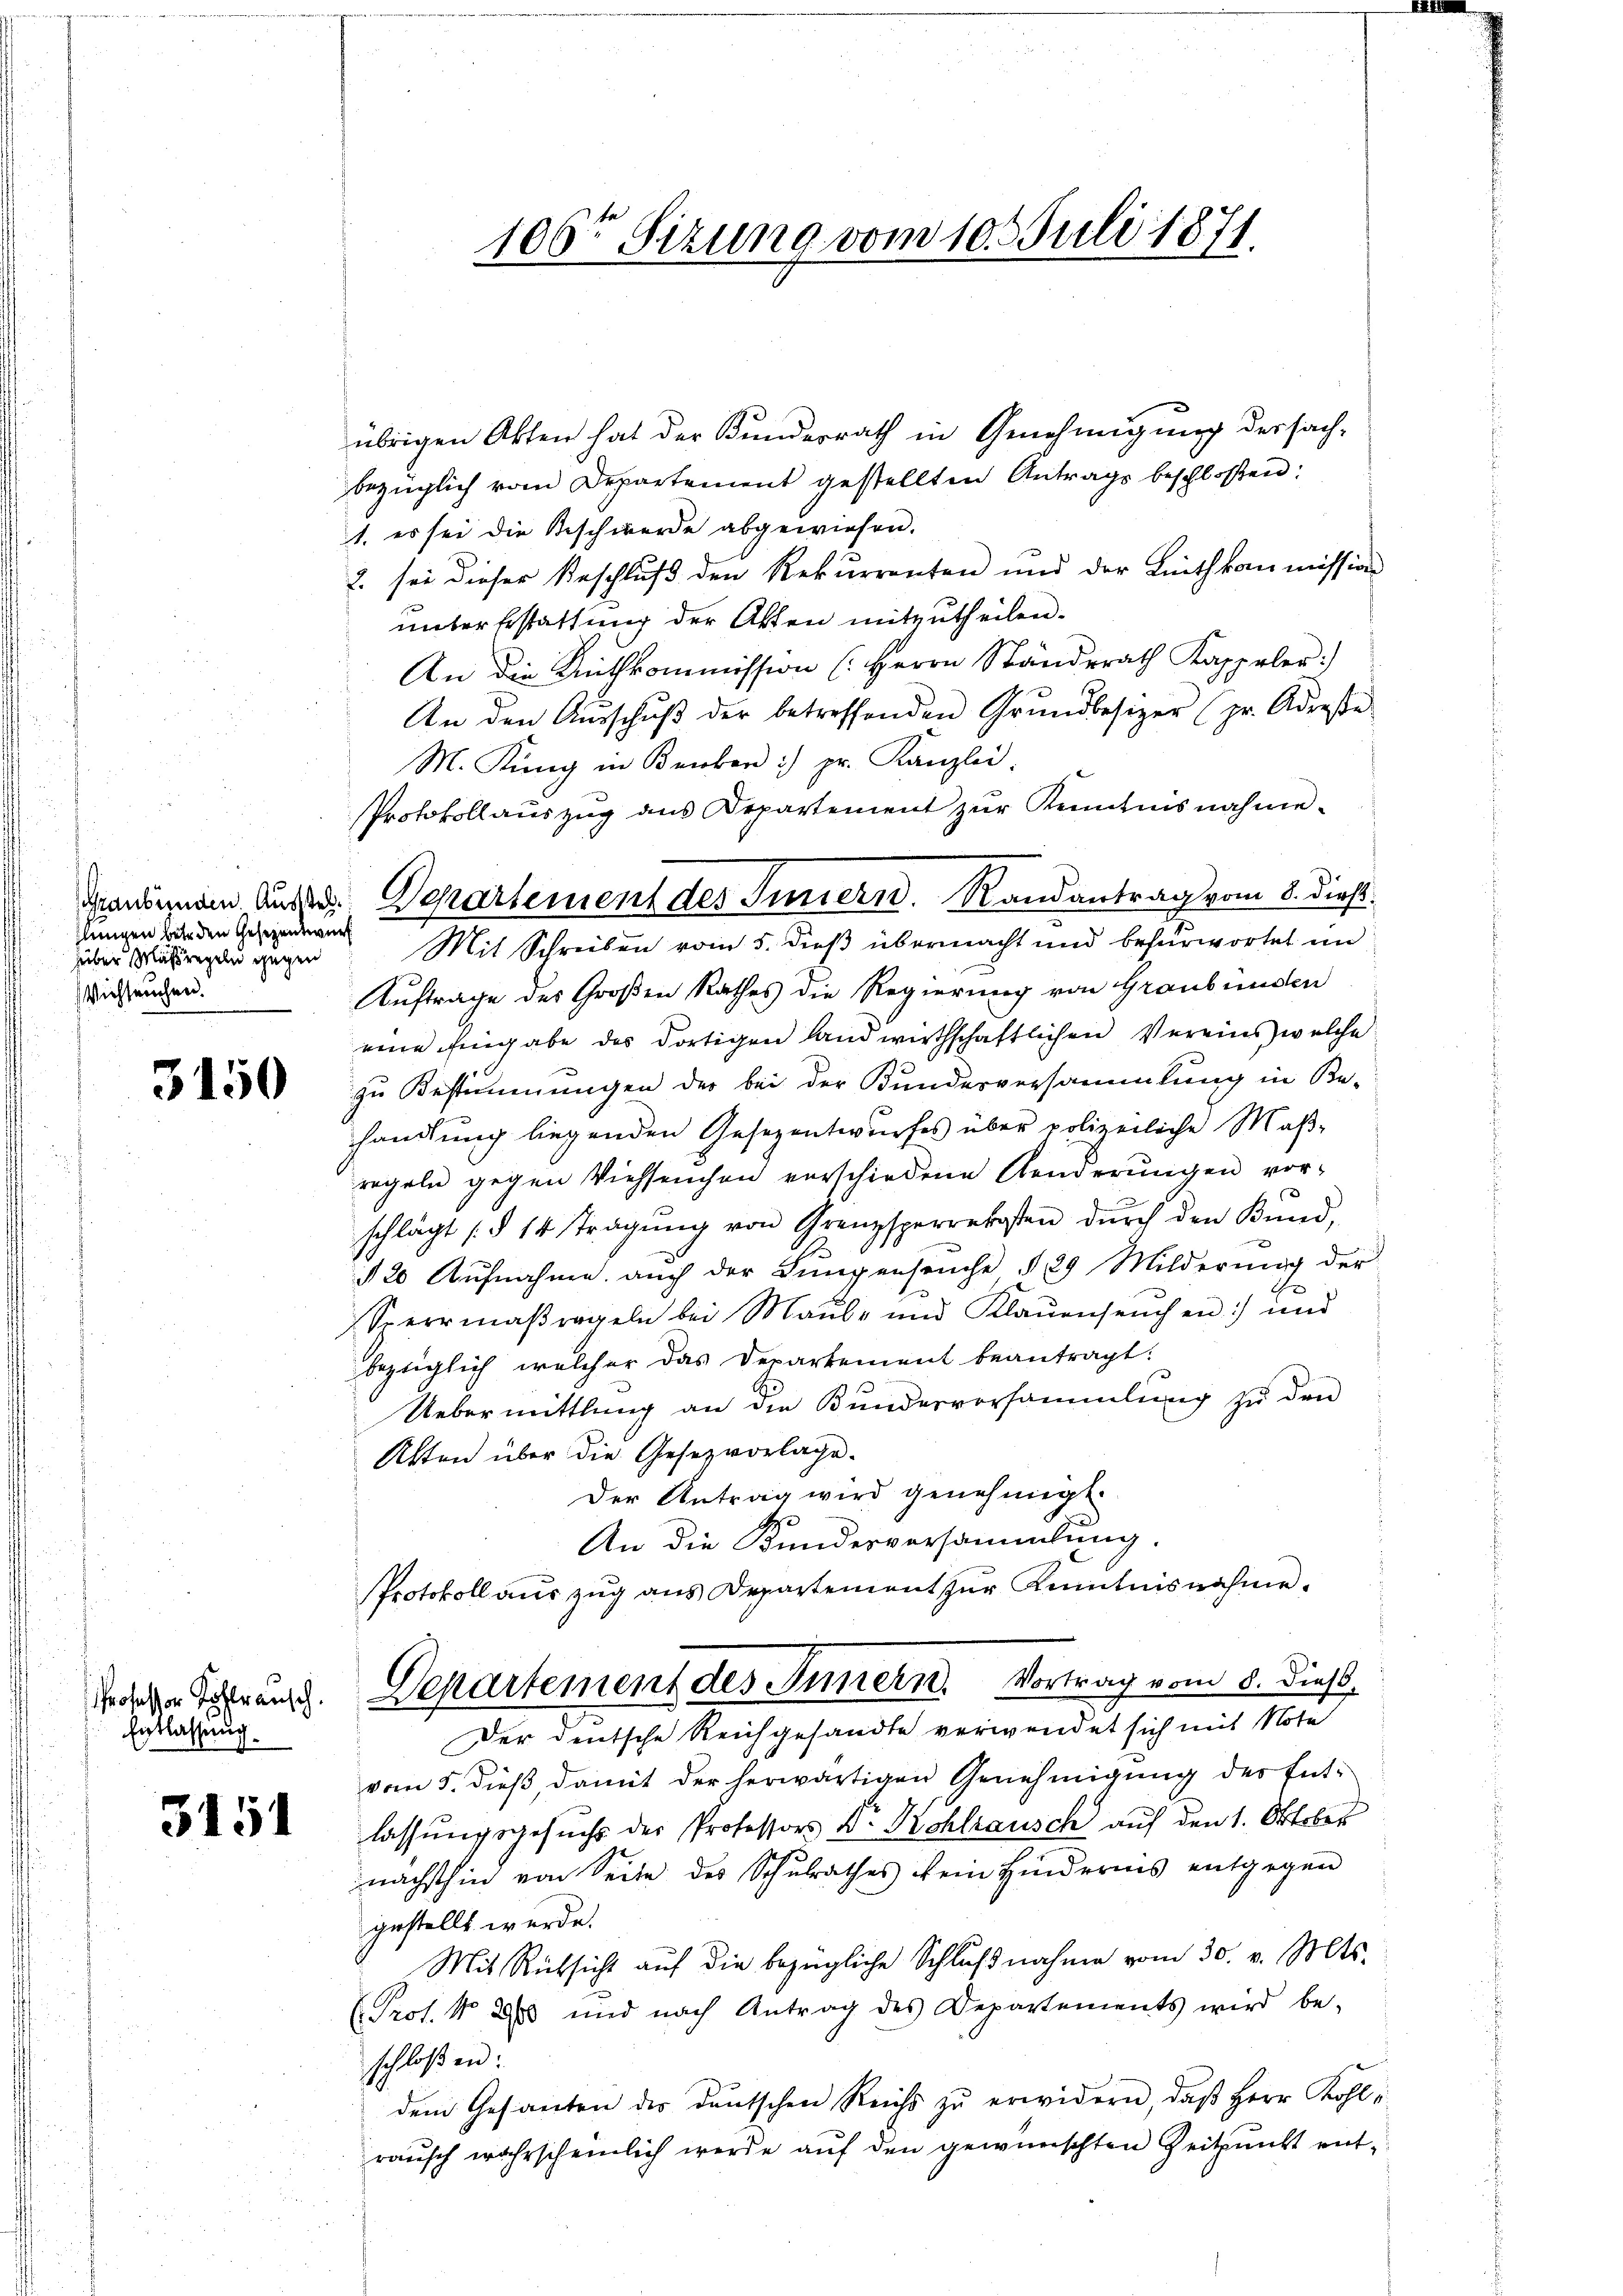
hlungen betr den Gesezentwurf
hüber Massregeln gegen
Viehseuchen.

3150

übrigen Akten hat der Kundesrath in Genehmigung dersachbezüglich vom Departement gestellten Antrags beschloßen:
1. es sei die Beschwerde abgewiesen.
2. sei dieser Beschlŭβ den Rekurrenten und der Linthkommission
unter Erstattung der Akten mitzutheilen.
An die Mithkommission (: Herrn Ständerath Kappeler.)
An den Aŭsschŭβ der betreffenden Grŭndbesizer (pr. Adresse
M. Küng in Benker :/ pr. Kanzlei.
Protokollauszug aus Departement zŭr Kenntnisnahme-
Mit Schreiben vom 5. dieß übermacht und befürwortet in
Auftrage des Großen Rathes die Regierung von Graubünden
eine Eingabe des dortigen landwirthschaftlichen Vereins welche
zu Bestimmungen der bei der Bundesversammlung in Be-
handlung liegenden Gesezentwurfes über polizeiliche Maß-
regeln gegen Viehseuchen verschiedene Aenderŭngen vor-
schlägt (§ 14 tragŭng von Grenzsperrekosten dŭrch den Kŭnd,
§ 20 Aufnahme auch der Lungenseuche § 29 Milderung der
Sperrmaβregeln bei Maŭl- und Klaŭenseuchen :/ und
bezüglich, welcher das Departement beantragt.
Uebermittlung an die Bundesvorsammlung zu den
Akten über die Gesez vorlage.
Der Antrag wird genehmigt.
An die Kundesversammlung.
Protokoll auszug aus Departement zur Kenntnisnahme.
deigen Schleung. Departement des Innern. Vortrag vom 8. dieß.
Der deutsche Reichgesandte verwendet sich mit Note
vom 5. dieß damit der herwärtigen Genehmigung der Entlassungsgesuchs der Professors d. Kohltausch auf den 1. Oktober
nächsthin von Seite des Schulrathes kein Hindernis entgegen
gestellt werde.
Mit Rücksicht auf die bezügliche Schlŭβnahme vom 30. v. Mts.
Prof. No. 2 und nach Antrag des Departements wird be-
schloßen:
dem Gesanten des deutschen Reichs zu erwidern, daß Herr Kohl
rausch wahrscheinlich werde auf den gewünschten Zeitpunkt ent¬

Entlassung.

3151

106ten Sizung vom 10. Juli 1871.

grandinem Ausser. Departement des Innern. Randantrag vom 8. dieß.